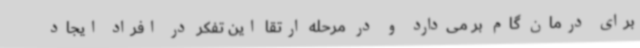
برای درمان گام بر می‌دارد و در مرحله ارتقا این تفکر در افراد ایجاد